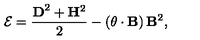
{ \cal E } = \frac { { \bf D } ^ { 2 } + { \bf H } ^ { 2 } } { 2 } - \left( { \bf \theta } \cdot { \bf B } \right) { \bf B } ^ { 2 } ,